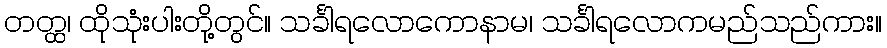
တတ္ထ၊ ထိုသုံးပါးတို့တွင်။ သင်္ခါရလောကောနာမ၊ သင်္ခါရလောကမည်သည်ကား။